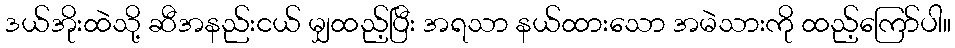
ဒယ်အိုးထဲသို့ ဆီအနည်းငယ် မျှထည့်ပြီး အရသာ နယ်ထားသော အမဲသားကို ထည့်ကြော်ပါ။